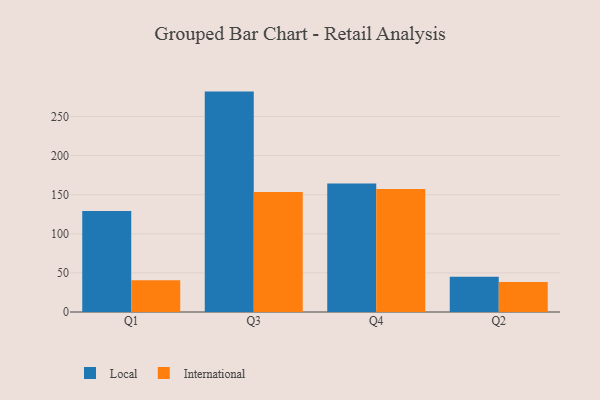
{"axis": {"x": "Quarter", "y": "Page Views"}, "legend": ["International", "Local"], "data": [{"x": "Q1", "y": 129.3, "type": "Local"}, {"x": "Q1", "y": 40.5, "type": "International"}, {"x": "Q3", "y": 281.9, "type": "Local"}, {"x": "Q3", "y": 153.5, "type": "International"}, {"x": "Q4", "y": 164.2, "type": "Local"}, {"x": "Q4", "y": 157.4, "type": "International"}, {"x": "Q2", "y": 45.2, "type": "Local"}, {"x": "Q2", "y": 38.3, "type": "International"}]}